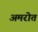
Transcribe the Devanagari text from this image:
अमरोत